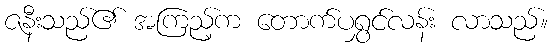
ဇနီးသည်၏ အကြည့်က တောက်ပရွှင်လန်း လာသည်။